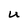
Character: U